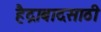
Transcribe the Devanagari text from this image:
हैद्राबादसाठी